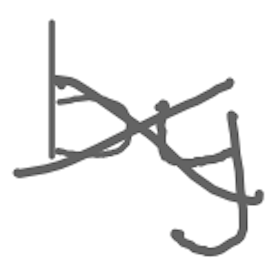
Text: by
Cross-out: cross
Writing tool: digital_gray